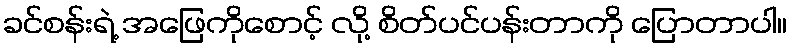
ခင်စန်းရဲ့ အဖြေကိုစောင့် လို့ စိတ်ပင်ပန်းတာကို ပြောတာပါ။